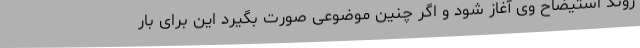
روند استیضاح وی آغاز شود و اگر چنین موضوعی صورت بگیرد این برای بار